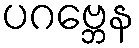
ပဂဗ္ဘေန